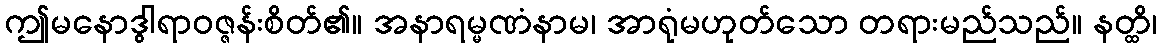
ဤမနောဒွါရာဝဇ္ဇန်းစိတ်၏။ အနာရမ္မဏံနာမ၊ အာရုံမဟုတ်သော တရားမည်သည်။ နတ္ထိ၊